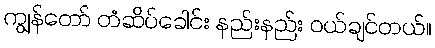
ကျွန်တော် တံဆိပ်ခေါင်း နည်းနည်း ဝယ်ချင်တယ်။